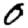
Digit: 0